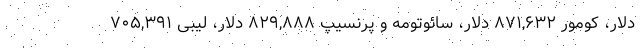
دلار، کومور ۸۷۱,۶۳۲ دلار، سائوتومه و پرنسیپ ۸۲۹,۸۸۸ دلار، لیبی ۷۰۵,۳۹۱